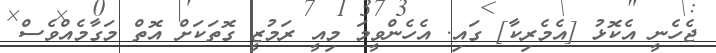
ޖެހެނީ އެކޮޅު [އެމެރިކާ] ގައި. އެހެންވީމަ މިއީ ރަމުޒީ ގޮތަކަށް އޮތް މަގާމެއްވެސް